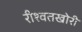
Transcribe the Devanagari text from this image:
रीश्वतखोरी